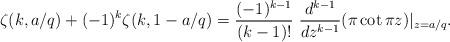
LaTeX: \begin{align*}\zeta(k, a/q) + (-1)^k \zeta(k, 1-a/q) = \frac{(-1)^{k-1}}{(k-1)!} ~ \frac{d^{k-1}}{dz^{k-1}} (\pi \cot \pi z) |_{z = a/q}.\end{align*}